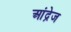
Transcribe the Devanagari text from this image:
आंद्रेज